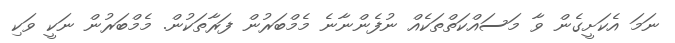
ނަމަ އެކަށީގެން ވާ މަސައްކަތްތަކެއް ނުފެންނާނެ މެމްބަރުން ފަރާތަކުން. މެމްބަރުން ނަކީ ވަކި